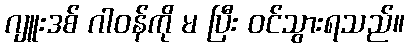
ဂျူးဒစ် ဂါဝန်ကို မ ပြီး ဝင်သွားရသည်။